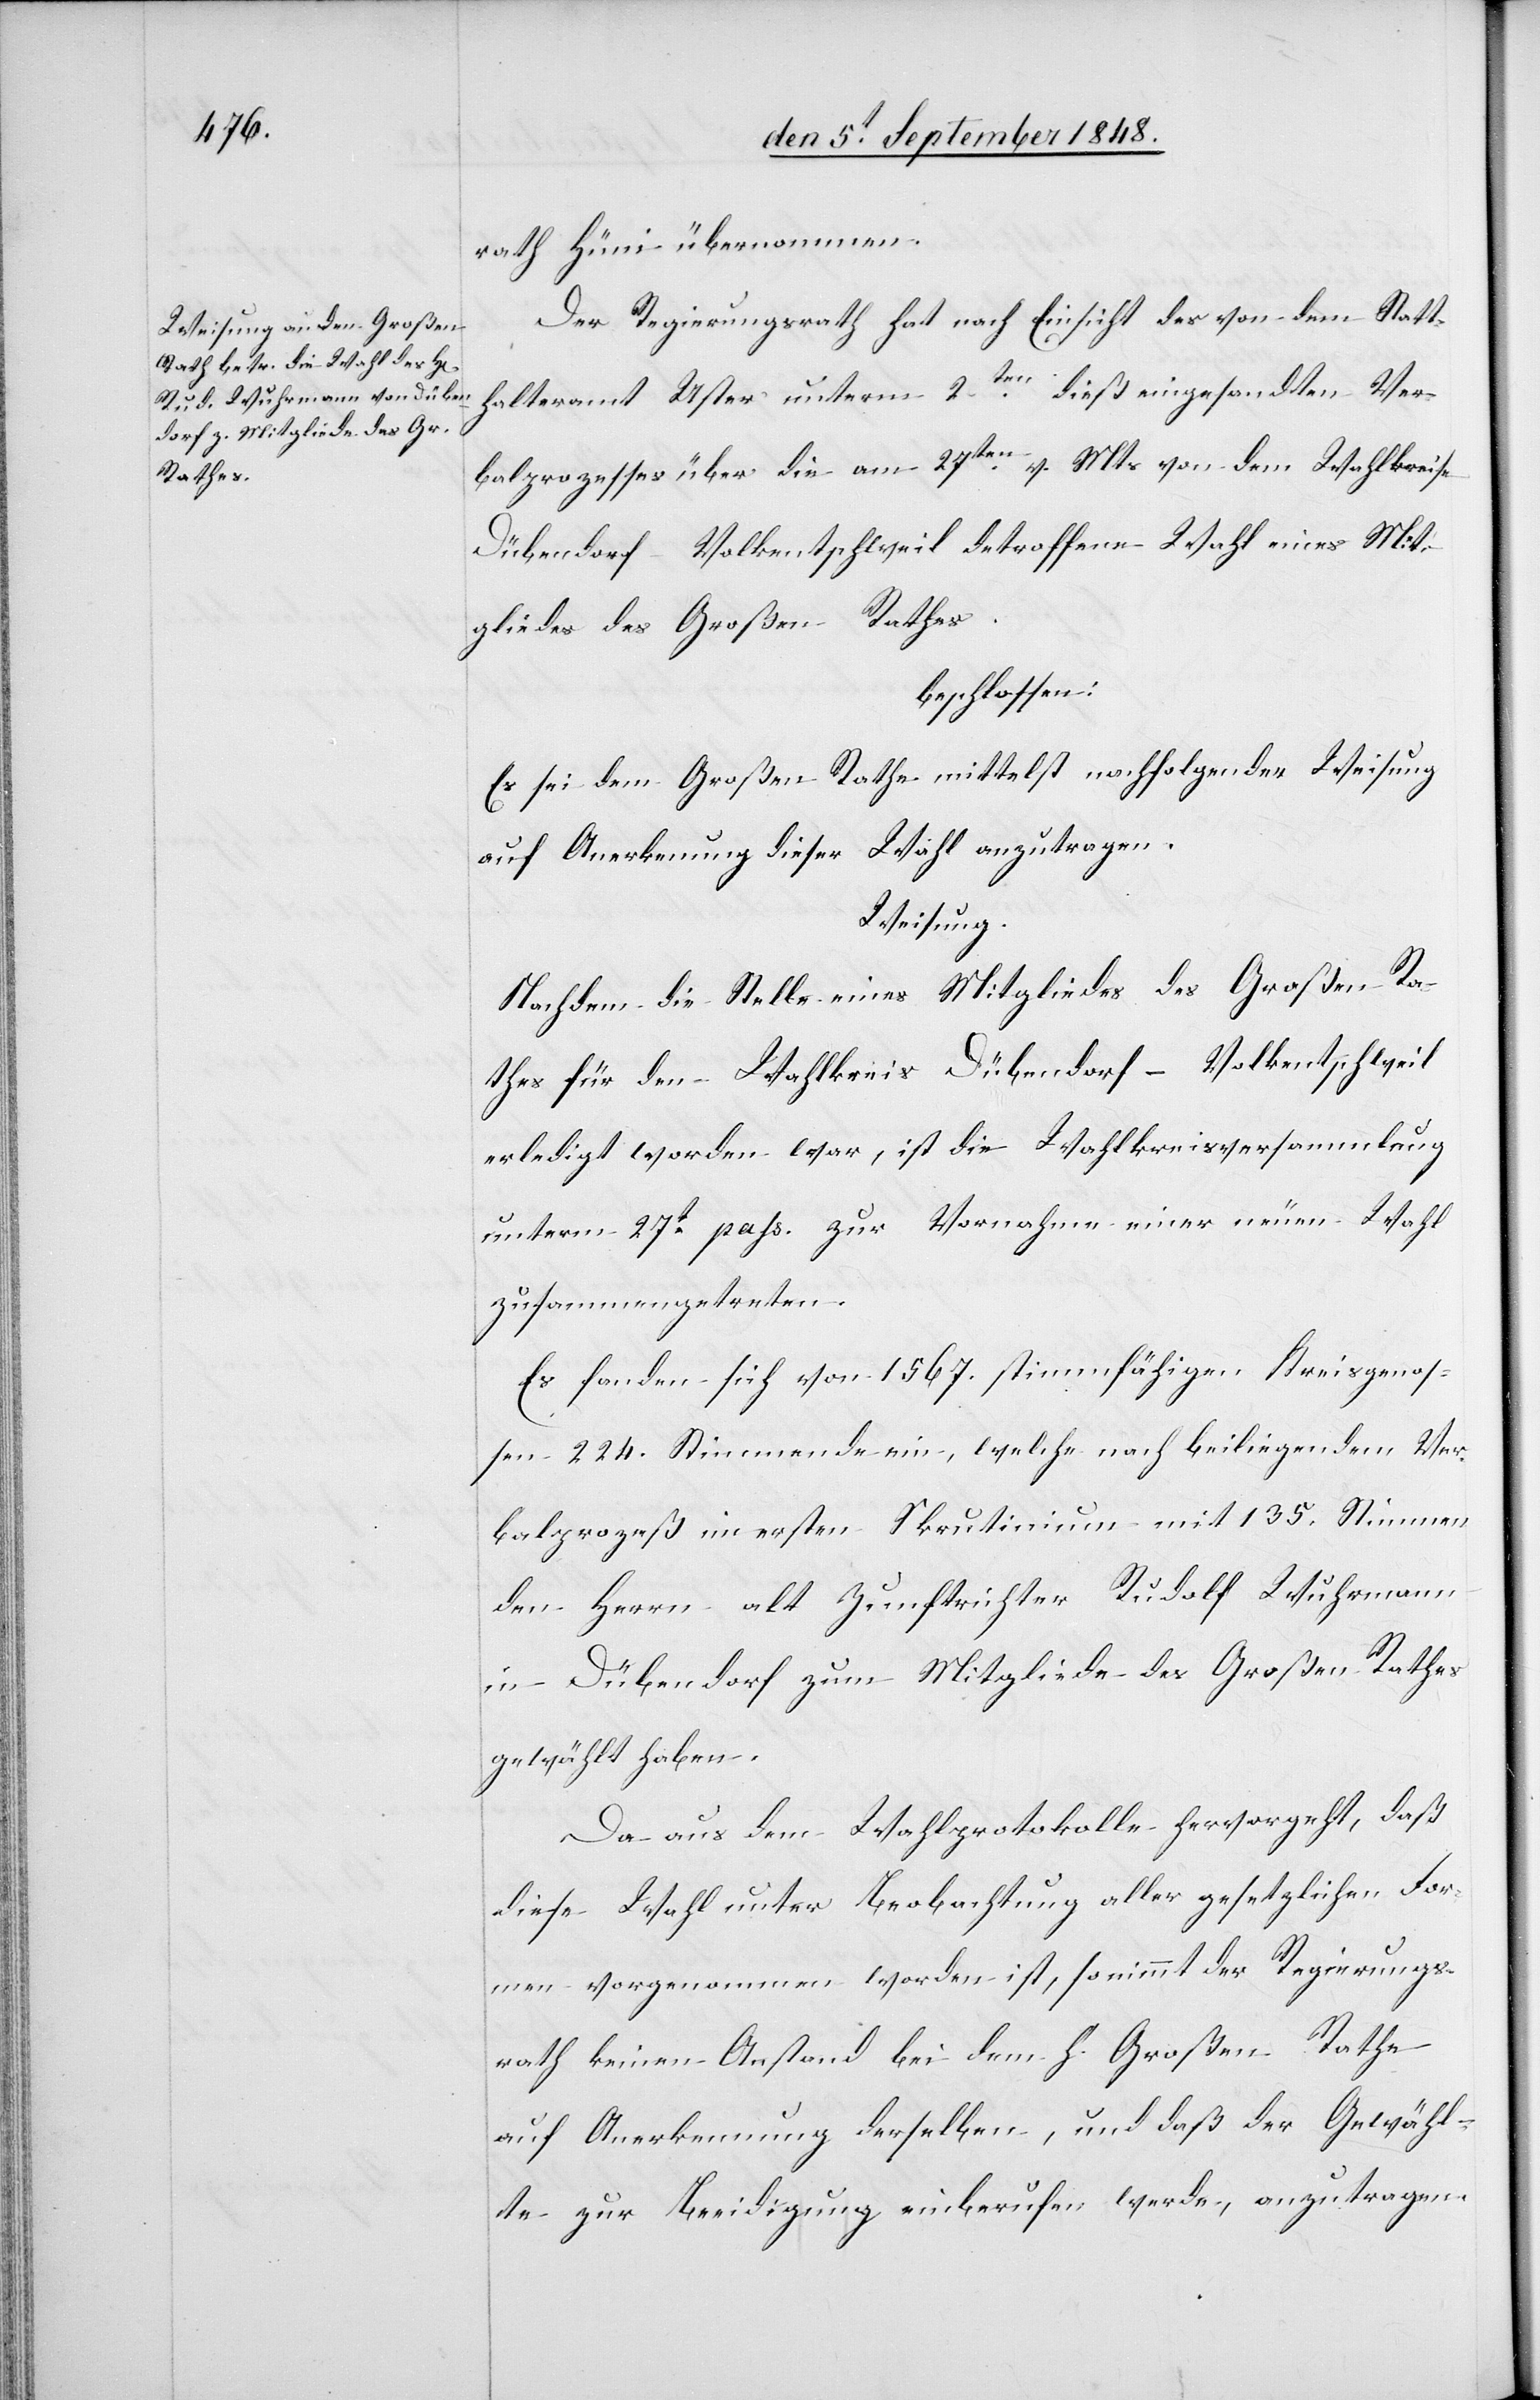
rath Hüni übernommen.
Der Regierungsrath hat nach Einsicht der von dem Statt¬
halteramt Uster unterm 2ten dieß eingesandten Ver¬
balprozesses über die am 27ten v. Mts. von dem Wahlkreise
Dübendorf Volkentschweil detroffene [sic!] Wahl eines Mit¬
gliedes des Großen Rathes.
beschlossen:
Es sei dem Großen Rathe mittelst nachfolgender Weisung
auf Anerkennung dieser Wahl anzutragen.
Weisung.
Nachdem die Stelle eines Mitgliedes des Großen Ra¬
thes für den Wahlkreis Dübendorf-Volkentschweil
erledigt worden war, ist die Wahlkreisversammlung
unterm 27t pass. zur Vornahme einer neuen Wahl
zusammengetreten.
Es fanden sich von 1567. Kreisgenosse¬
n 224. Stimmende ein, welche nach beiliegendem Ver¬
balprozeß im ersten Skrutinium mit 135. Stimmen
den Herrn alt Zunftrichter Rudolf Wuhrmann
in Dübendorf zum Mitgliede des Großen Rathes
gewählt habe.
Da aus dem Wahlprotokolle hervorgeht, daß
diese Wahl unter Beobachtung aller gesetzlichen For¬
men vorgenommen worden ist, so nimmt der Regierungs¬
rath keinen Anstand bei dem h. Großen Rathe
auf Anerkennung derselben, und daß der Gewähl¬
te zur Beeidigung einberufen werde, anzutragen.